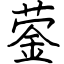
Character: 蓥